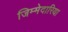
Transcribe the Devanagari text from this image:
जिम्मेदारिया